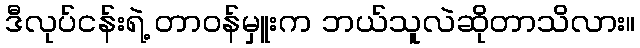
ဒီလုပ်ငန်းရဲ့ တာဝန်မှူးက ဘယ်သူလဲဆိုတာသိလား။